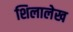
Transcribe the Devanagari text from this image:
शिलालेख